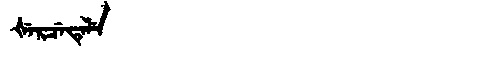
Manchu: ᡧᡝᡵᠴᡝᡨᡝᠯᡝ
Romanization: ŠERCETELE